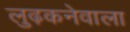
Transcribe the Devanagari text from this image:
लुढ़कनेवाला